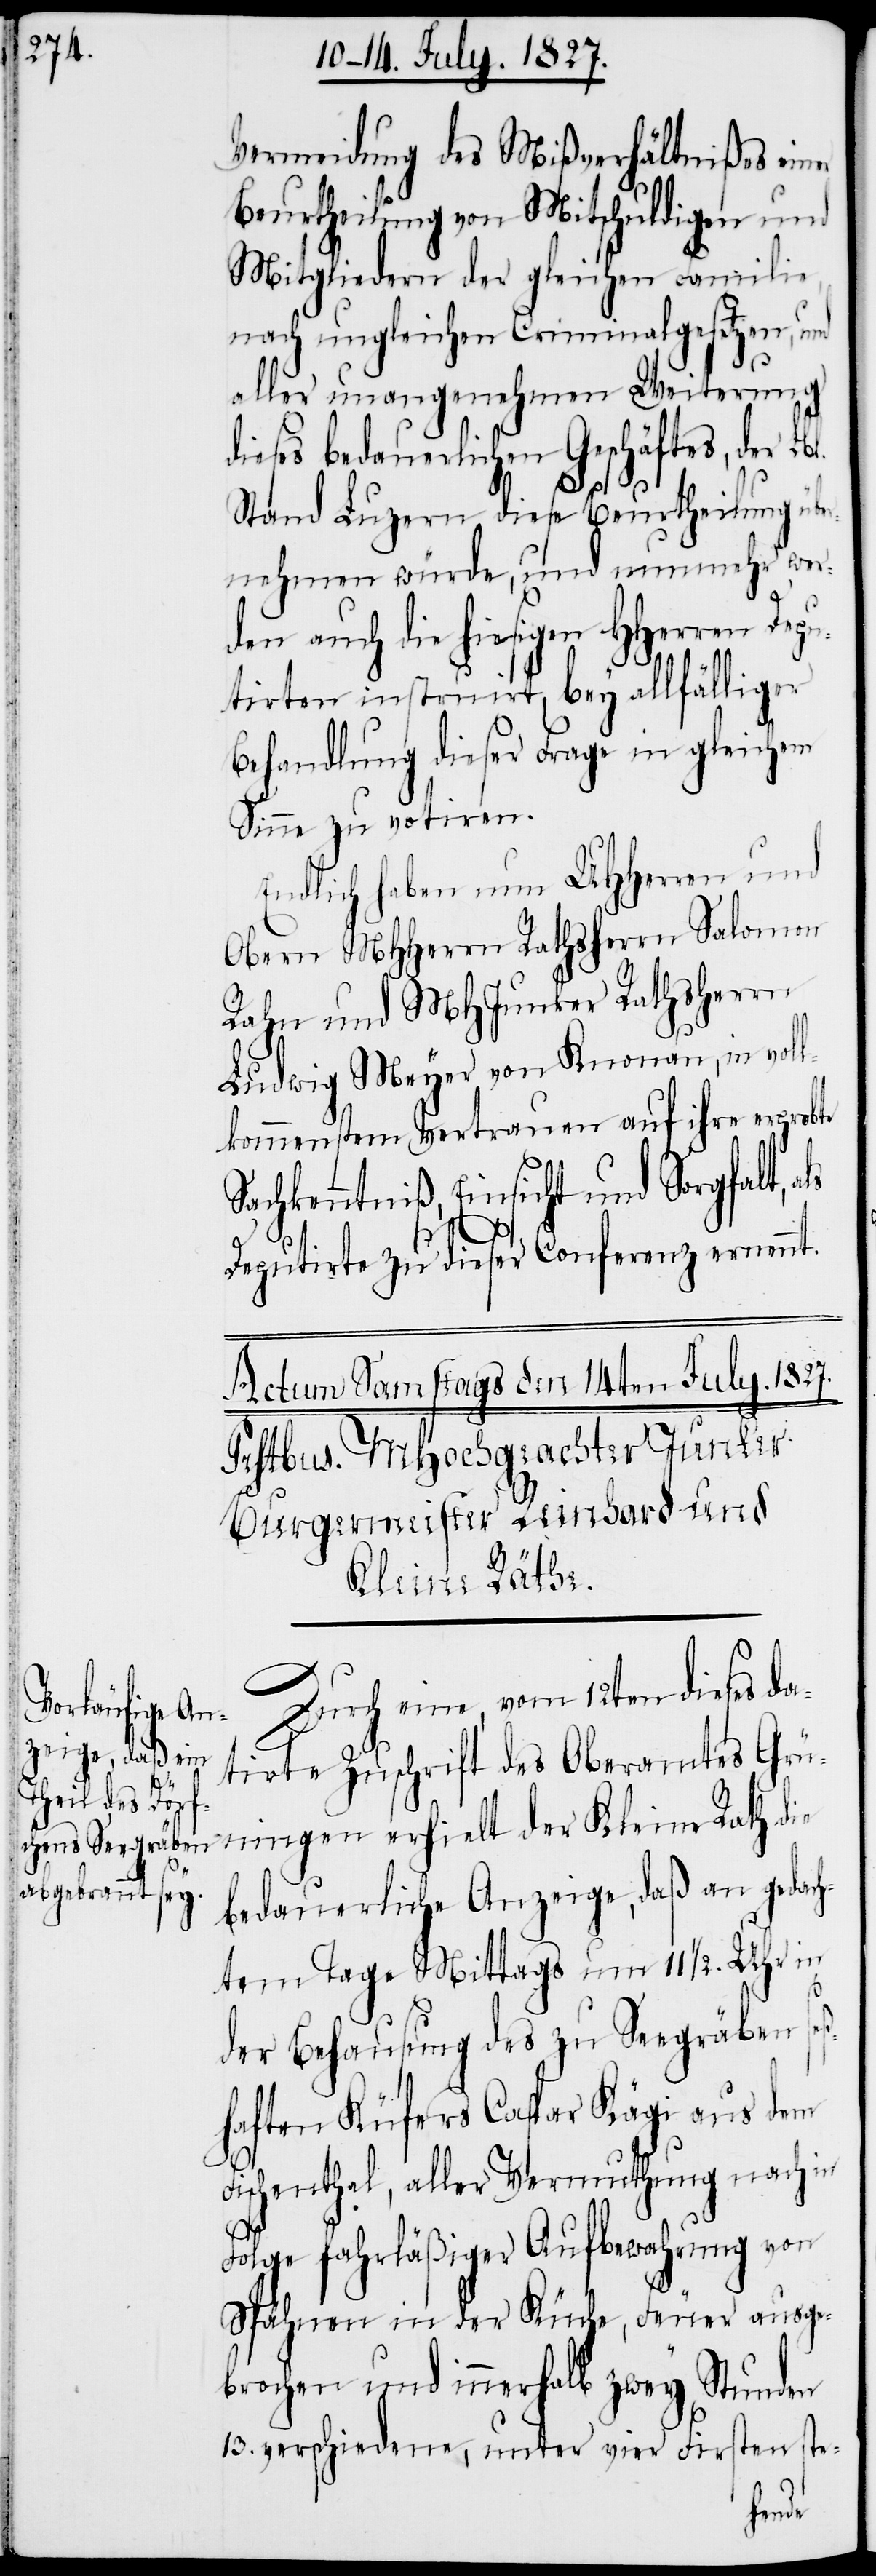
Vermeidung des Mißverhältnißes einer
Beurtheilung von Mitschuldigen und
Mitgliedern der gleichen Familie,
nach ungleichen Criminalgesetzen, und
aller unangenehmen Weiterung
dieses bedauerlichen Geschäftes, der L¬
Stand Luzern diese Beurtheilung übe¬
rnehmen würde, und nunmehr wer¬
den auch die hiesigen HHerren Depu¬
tirten instruirt, bey allfälliger
Behandlung dieser Frage in gleichem
Sinne zu votiren.
Endlich haben nun UHHerren und
Obern MHHerrn Rathsherr Salomon
Rahn und MHJunker Rathsherrn
Ludwig Meyer von Knonau, in voll¬
kommenstem Vertrauen auf ihre erprobte
Sachkenntniß, Einsicht und Sorgfalt, a¬
ls
Deputirte zu dieser Conferenz ernennt.
Durch eine, vom 12ten dieses da¬
tirte Zuschrift des Oberamtes Grü¬
ningen erhielt der Kleine Rath die
bedauerliche Anzeige, daß an gedach¬
tem Tage Mittags um 11 ½. Uhr in
der Behausung des zu Seegräben se¬
ßhaften Küfers Caspar Kägi aus dem
Fischenthal, aller Vermuthung nach in
Folge fahrläßiger Aufbewahrung von
Spähnen in der Küche, Feuer ausge¬
brochen und innerhalb zwey Stunden
13. verschiedene, unter vier Firsten ste-